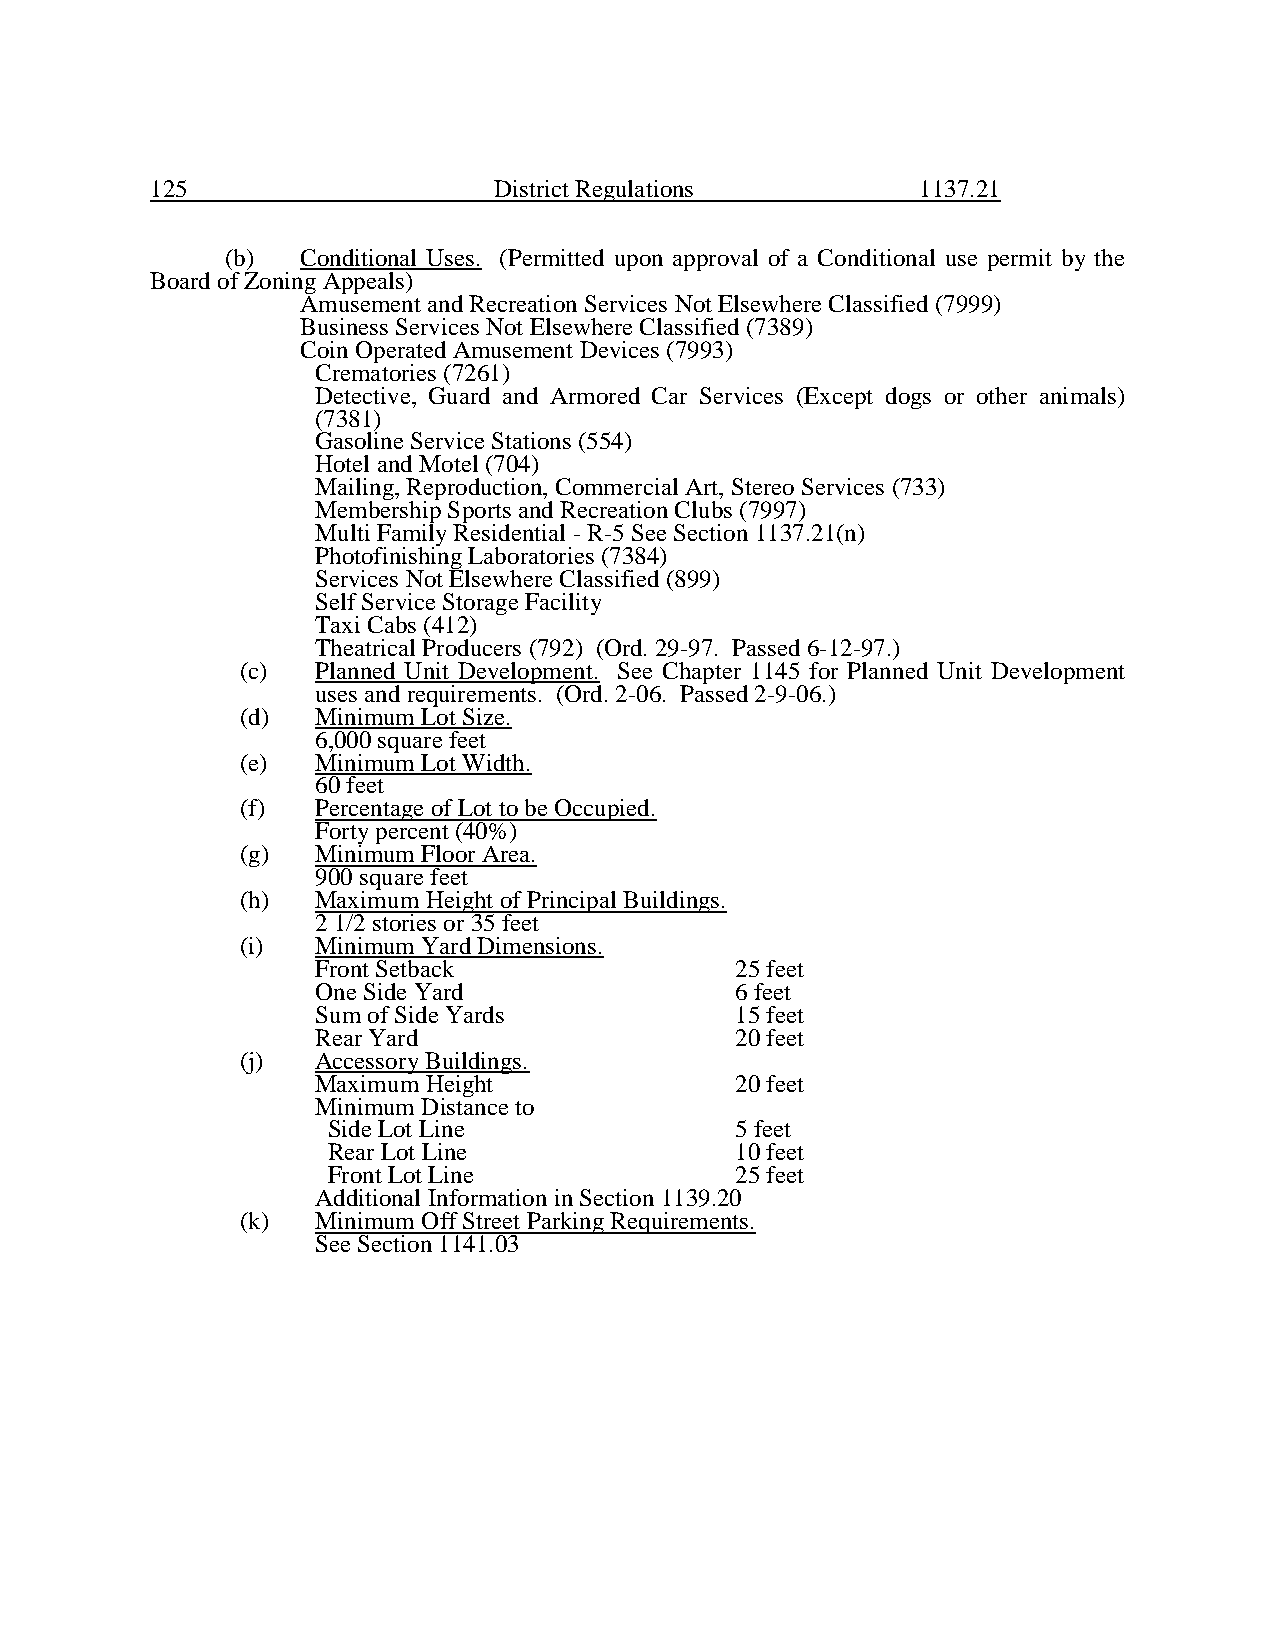
125                    District Regulations        1137.21
 (b)  Conditional Uses. (Permitted upon approval of a Conditional use permit by the
 Board of Zoning Appeals)
 Amusement and Recreation Services Not Elsewhere Classified (7999)
 Business Services Not Elsewhere Classified (7389)
 Coin Operated Amusement Devices (7993)
 Crematories (7261)
 Detective, Guard and Armored Car Services (Except dogs or other animals)
 (7381)
 Gasoline Service Stations (554)
 Hotel and Motel (704)
 Mailing, Reproduction, Commercial Art, Stereo Services (733)
 Membership Sports and Recreation Clubs (7997)
 Multi Family Residential - R-5 See Section 1137.21(n)
 Photofinishing Laboratories (7384)
 Services Not Elsewhere Classified (899)
 Self Service Storage Facility
 Taxi Cabs (412)
 Theatrical Producers (792) (Ord. 29-97. Passed 6-12-97.)
 (c)  Planned Unit Development. See Chapter 1145 for Planned Unit Development
 uses and requirements. (Ord. 2-06. Passed 2-9-06.)
 (d)  Minimum Lot Size.
 6,000 square feet
 (e)  Minimum Lot Width.
 60 feet
 (f)  Percentage of Lot to be Occupied.
 Forty percent (40%)
 (g)  Minimum Floor Area.
 900 square feet
 (h)  Maximum Height of Principal Buildings.
 2 1/2 stories or 35 feet
 (i)  Minimum Yard Dimensions.
 Front Setback               25 feet
 One Side Yard               6 feet
 Sum of Side Yards           15 feet
 Rear Yard                   20 feet
 (j)  Accessory Buildings.
 Maximum Height              20 feet
 Minimum Distance to
 Side Lot Line              5 feet
 Rear Lot Line              10 feet
 Front Lot Line             25 feet
 Additional Information in Section 1139.20
 (k)  Minimum Off Street Parking Requirements.
 See Section 1141.03